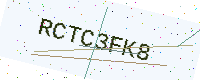
Text: RCTC3FK8